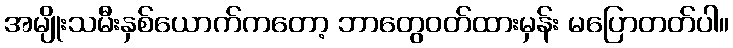
အမျိုးသမီးနှစ်ယောက်ကတော့ ဘာတွေဝတ်ထားမှန်း မပြောတတ်ပါ။